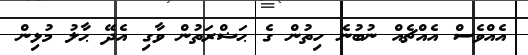
އެއްވެސް އެއްޗެއް ނުބުނެ ހިތުން ގެ ޙަޟްރަތުން ވާގި އެދޭ ޙާލު މުޅިން